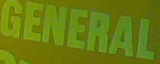
GENERAL